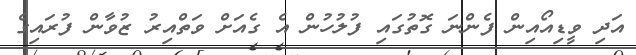
އަދި ވީޑިއޯއިން ފެންނަ ގޮތުގައި ފުލުހުން އެ ގެއަށް ވަތްއިރު ޒުވާން ފުރައިގެ